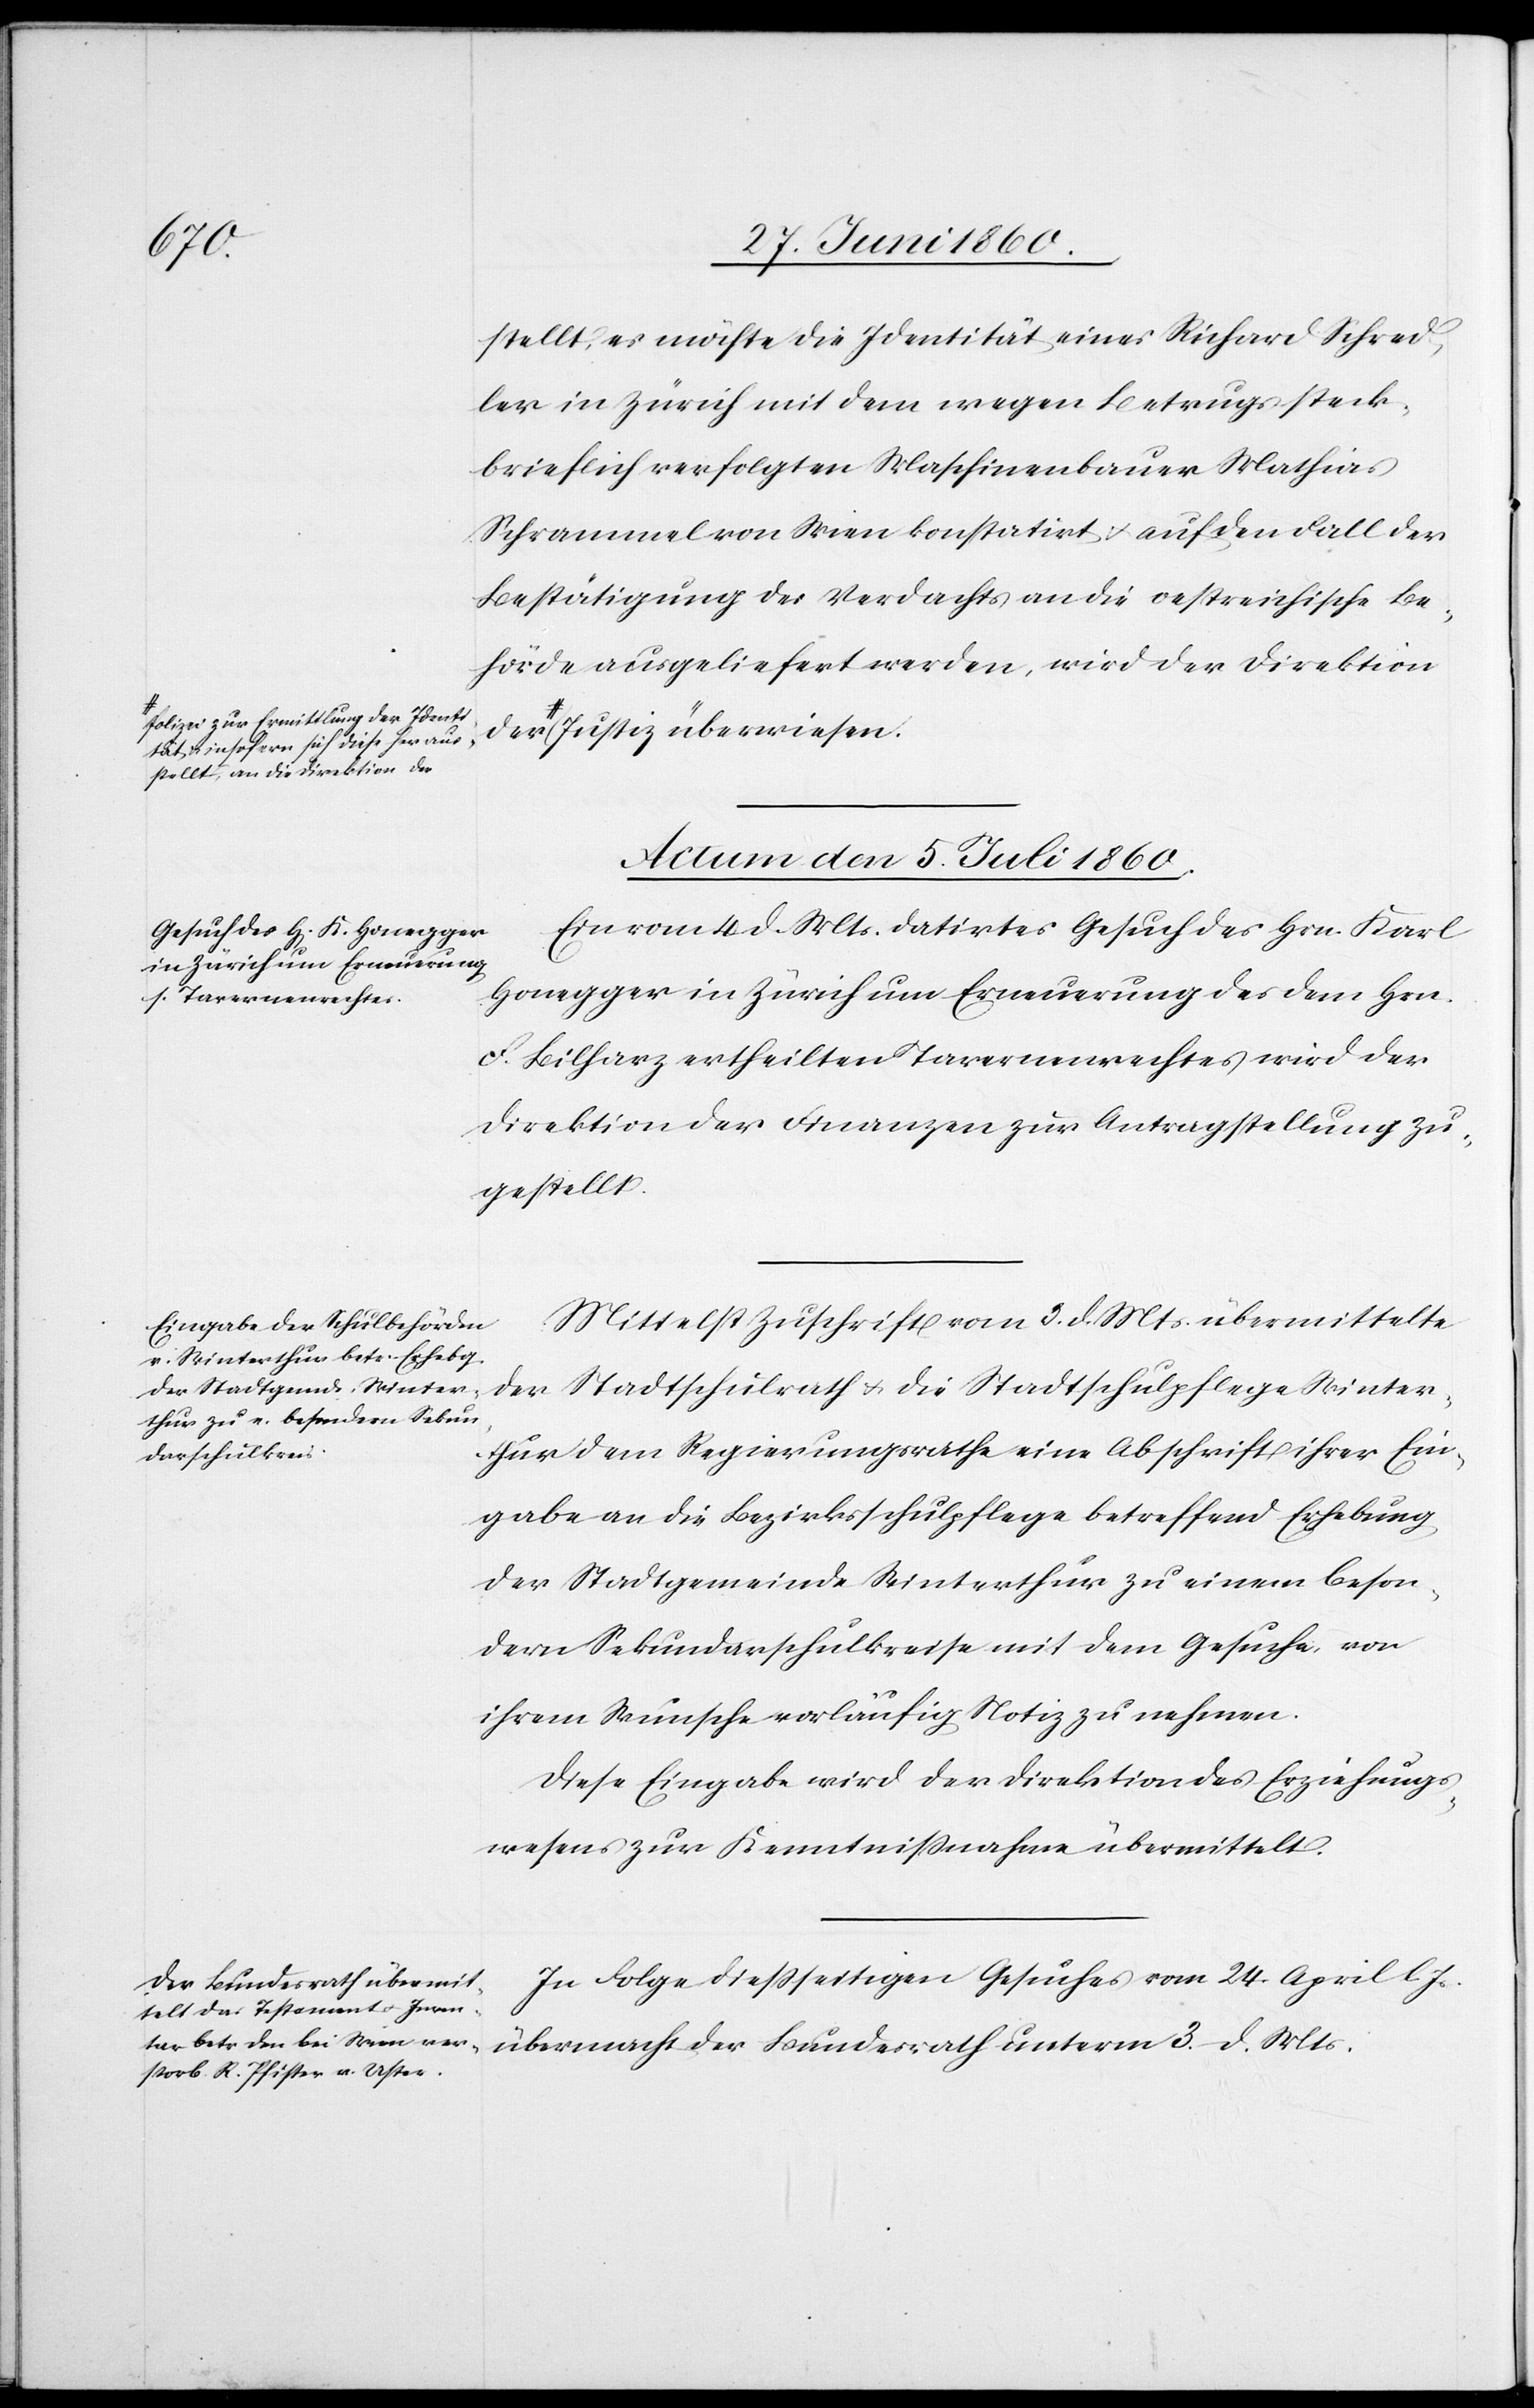
Js.
stellt, es möchte die Identität eines Richard Schred¬
ler in Zürich mit dem wegen Betrugs steck¬
brieflich verfolgten Maschinenbauer Mathias
Schrammel von Wien konstatirt u. auf den Fall der
Bestätigung des Verdachts an die oestreichische Be¬
hörde ausgeliefert werden, wird der Direktion
a-Polizei zur Ermittlung der Identi¬
r-a Justiz überwiesen.
u. insofern sich diese heraus¬
stellt, an die Direktion de¬
Actum den 5. Juli 1860.]
Ein vom 4. d. Mts. datirtes Gesuch des Hrn. Karl
Honegger in Zürich um Erneuerung des dem Hrn.
F. Bilharz ertheilten Tavernenrechtes wird der
Direktion der Finanzen zur Antragstellung zu¬
gestellt.
Mittelst Zuschrift vom 3. d. Mts. übermittelte
der Stadtschulrath u. die Stadtschulpflege Winter¬
thur dem Regierungsrathe eine Abschrift ihrer Ein¬
gabe an die Bezirksschulpflege betreffend Erhebung
der Stadtgemeinde Winterthur zu einem beson¬
dern Sekundarschulkreise mit dem Gesuche, von
ihrem Wunsche vorläufig Notiz zu nehmen.
Diese Eingabe wird der Direktion des Erziehungs¬
wesens zur Kenntnissnahme übermittelt.
In Folge diessseitigen Gesuches vom 24. April l.
übermacht der Bundesrath unterm 3. d. Mts.